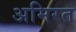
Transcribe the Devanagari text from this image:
अमिरत